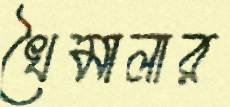
খৈমালার